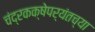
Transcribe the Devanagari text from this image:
चंद्रकक्षेपर्यंतच्या